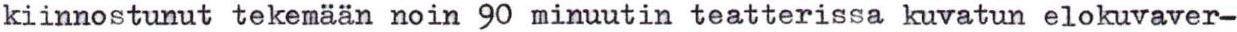
kiinnostunut tekemään noin 90 minuutin teatterissa kuvatun elokuvaver-